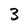
Character: 3